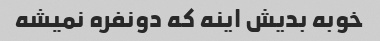
خوبه بدیش اینه که دونفره نمیشه